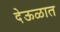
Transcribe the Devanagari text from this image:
देऊळात